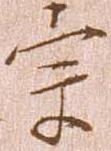
宗